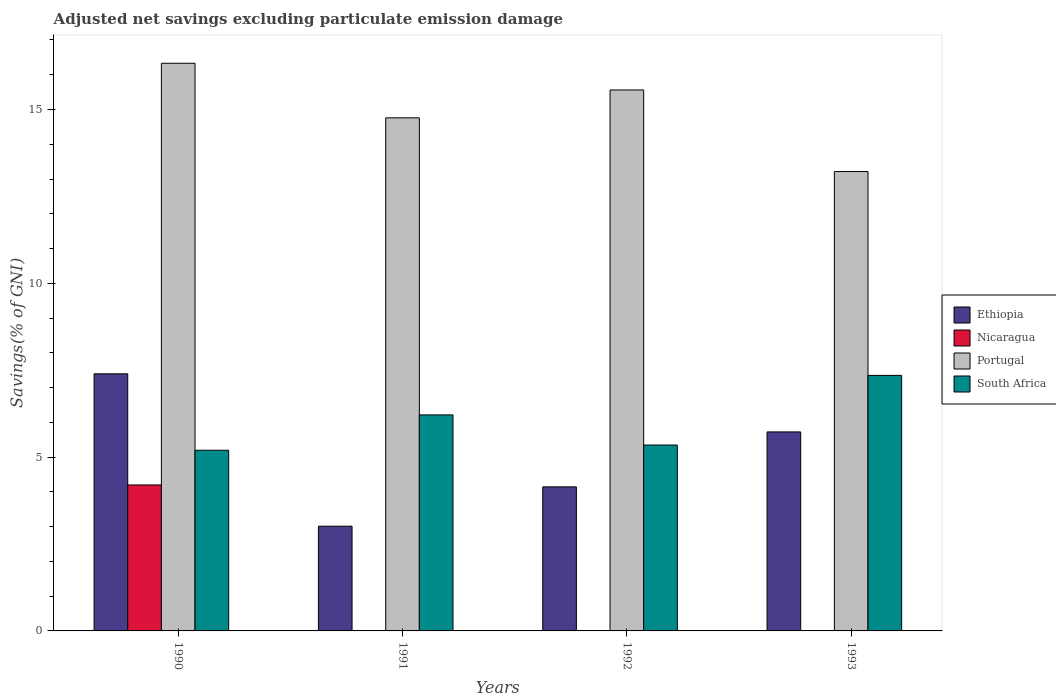
| Years | Ethiopia | Nicaragua | Portugal | South Africa |
 | --- | --- | --- | --- | --- |
 | 1990 | 7.4 | 4.2 | 16.3 | 5.2 |
 | 1991 | 3.01 | -2.87 | 14.8 | 6.21 |
 | 1992 | 4.14 | -43.7 | 15.6 | 5.35 |
 | 1993 | 5.72 | -32.1 | 13.2 | 7.35 |